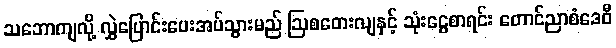
သဘောကျလို့ လွှဲပြောင်းပေးအပ်သွားမည် ဩစတေးလျနှင့် သုံးငွေစာရင်း တောင်ညာစံဒေဝီ